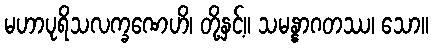
မဟာပုရိသလက္ခဏေဟိ၊ တို့နှင့်။ သမန္နာဂတဿ၊ သော။